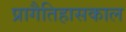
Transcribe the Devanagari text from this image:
प्रागैतिहासकाल